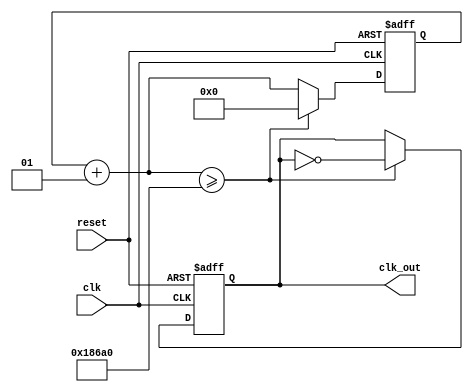
`timescale 1ns / 1ps
//////////////////////////////////////////////////////////////////////////////////
// Company: 
// Engineer: 
// 
// Design Name: 
// Module Name:    clk_div 
// Project Name: 
// Target Devices: 
// Tool versions: 
// Description: 
//
// Dependencies: 
//
// Revision: 
// Revision 0.01 - File Created
// Additional Comments: 
//
//////////////////////////////////////////////////////////////////////////////////
module clk_div(clk, reset, clk_out) ;

	input	 clk, reset;
	output clk_out;
	reg 	 clk_out;
	integer i;
	
	//***************************************************************
	// The following verilog code will "divide" an incoming clock
	// by the 32-bit decimal value specified in the "if condition"
	// 
	// The value of the counter that counts the incoming clock ticks
	// is equal to [ (Incoming Freq / Outgoing Freq) / 2 ]
	//***************************************************************
	always @ (posedge clk or posedge reset) begin
		if (reset == 1'b1) begin
			i = 0;
			clk_out = 0;
		end
		// got a clock, so increment the counter and
		// test to see if half a period has elapsed
		else begin
			i = i + 1;
			if (i >= 100000 ) begin //In this case we have a 
											//500hz clk
											//(100Mhz/500hz)/2 =
											// 100000
				clk_out = ~clk_out;
				i = 0;
			end // if
		end // else
		
	end // always

endmodule